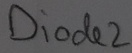
Text: Diode2